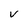
Character: v